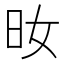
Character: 𣅓